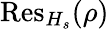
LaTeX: {\mathrm{Res}}_{H_{s}}(\rho)